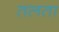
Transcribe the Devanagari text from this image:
तलता